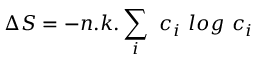
\Delta S = - n . k . \sum _ { i } \textit { } c _ { i } \textit { } l o g \textit { } c _ { i }